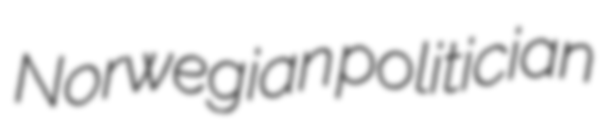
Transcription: Norwegian politician